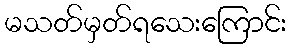
မသတ်မှတ်ရသေးကြောင်း